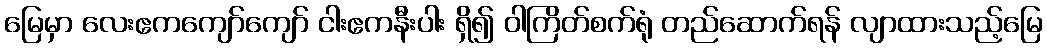
မြေမှာ လေးဧကကျော်ကျော် ငါးဧကနီးပါး ရှိ၍ ဝါကြိတ်စက်ရုံ တည်ဆောက်ရန် လျာထားသည့်မြေ